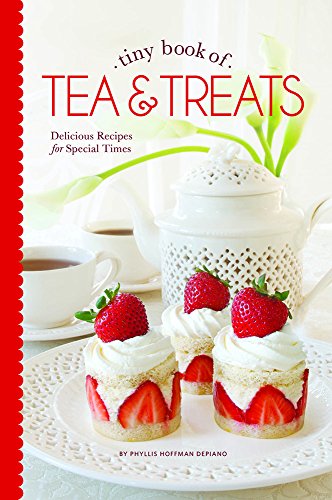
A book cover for Tiny Book of Tea & Treats: Delicious Recipes for Special Times; Cookbooks, Food & Wine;